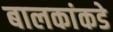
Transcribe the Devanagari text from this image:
बालकांकडे